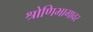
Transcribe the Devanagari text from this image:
श्रोणिभागावर